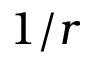
1 / r